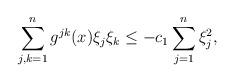
LaTeX: \begin{align*}\sum_{j,k=1}^ng^{jk}(x)\xi_j\xi_k\leq -c_1\sum_{j=1}^n\xi_j^2,\end{align*}